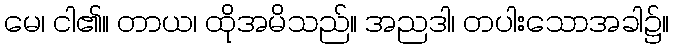
မေ၊ ငါ၏။ တာယ၊ ထိုအမိသည်။ အညဒါ၊ တပါးသောအခါ၌။